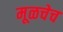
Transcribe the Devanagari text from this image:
मूळचेच